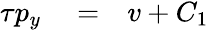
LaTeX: \begin{array}{rlr}{\tau p_{y}}&{{}=}&{v+C_{1}}\end{array}